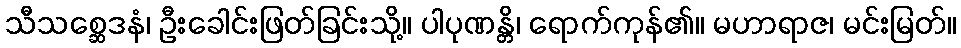
သီသစ္ဆေဒနံ၊ ဦးခေါင်းဖြတ်ခြင်းသို့။ ပါပုဏန္တိ၊ ရောက်ကုန်၏။ မဟာရာဇ၊ မင်းမြတ်။